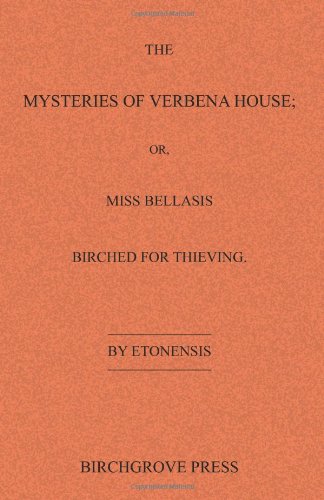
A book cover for The Mysteries of Verbena House; or, Miss Bellasis Birched for Thieving; Etonensis; Romance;